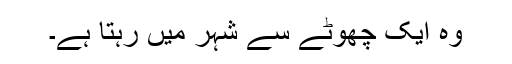
وہ ایک چھوٹے سے شہر میں رہتا ہے۔